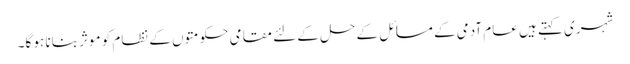
شہری کہتے ہیں عام آدمی کے مسائل کے حل کے لئے مقامی حکومتوں کے نظام کو موثر بنانا ہو گا۔